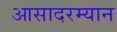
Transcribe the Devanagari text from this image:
आसादरम्यान